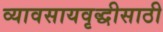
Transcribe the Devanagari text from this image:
व्यावसायवृद्धीसाठी